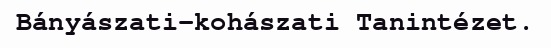
Bányászati-kohászati Tanintézet.